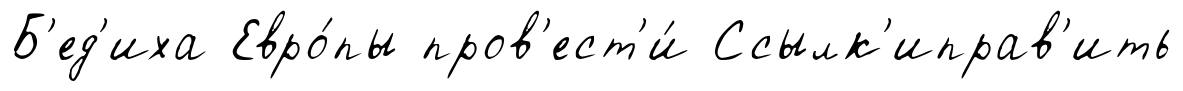
Б'ед'иха Евро́пы пров'ест'и́ Ссылк'иправ'ить